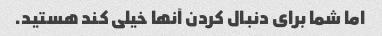
اما شما برای دنبال کردن آنها خیلی کند هستید.